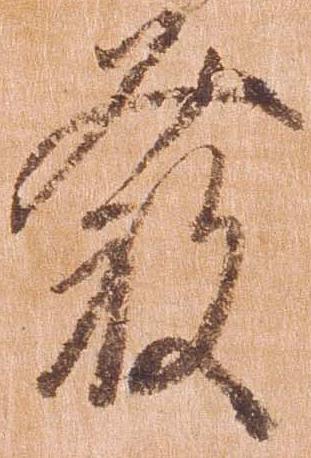
発